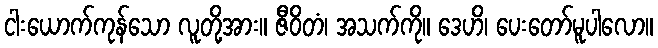
ငါးယောက်ကုန်သော လူတို့အား။ ဇီဝိတံ၊ အသက်ကို။ ဒေဟိ၊ ပေးတော်မူပါလော။